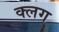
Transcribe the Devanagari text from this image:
क्लग